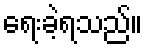
ရေးခဲ့ရသည်။